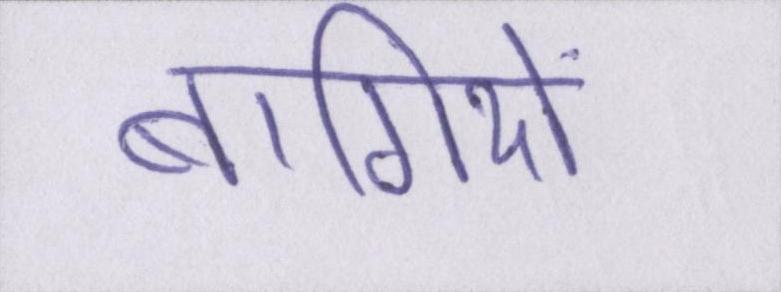
बागियों